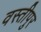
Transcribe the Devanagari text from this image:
वस्तीपुर